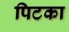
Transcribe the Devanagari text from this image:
पिटका